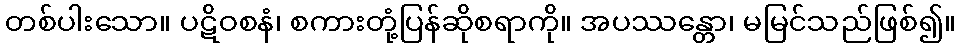
တစ်ပါးသော။ ပဋိဝစနံ၊ စကားတုံ့ပြန်ဆိုစရာကို။ အပဿန္တော၊ မမြင်သည်ဖြစ်၍။